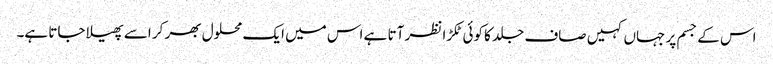
اس کے جسم پر جہاں کہیں صاف جلد کا کوئی ٹکڑا نظر آتا ہے اس میں ایک محلول بھر کر اسے پھیلا جاتا ہے۔